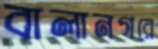
বালানগরে